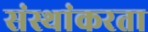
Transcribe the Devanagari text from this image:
संस्थांकरता